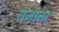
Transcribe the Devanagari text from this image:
राजाना